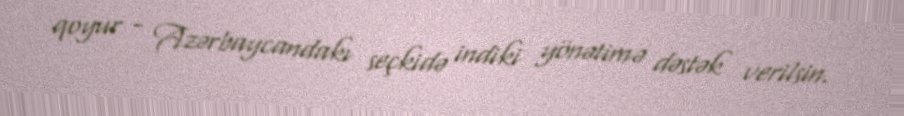
qoyur - Azərbaycandakı seçkidə indiki yönətimə dəstək verilsin.